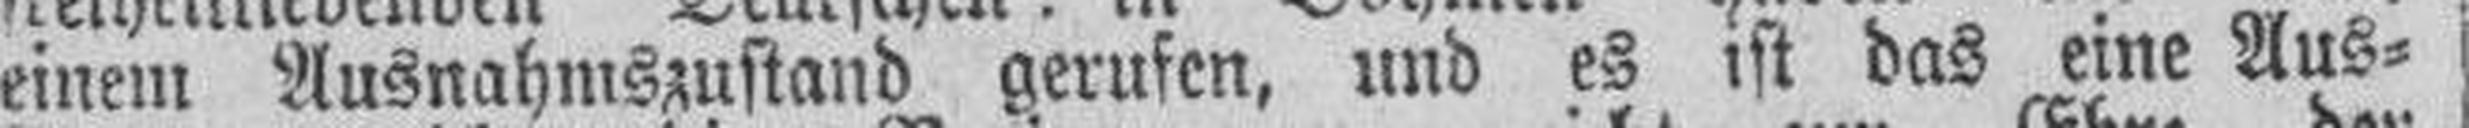
einem Ausnahmszustand gerufen, und es ist das eine Aus¬